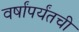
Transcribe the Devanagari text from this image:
वर्षांपर्यंतची